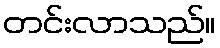
တင်းလာသည်။